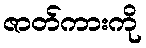
ဇာတ်ကားကို